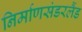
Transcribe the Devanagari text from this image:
निर्माणसंडरलैंड